Leprosy in India: report of the Leprosy Commission in India, 1890-91
Year: 1890
Disease focus: Leprosy
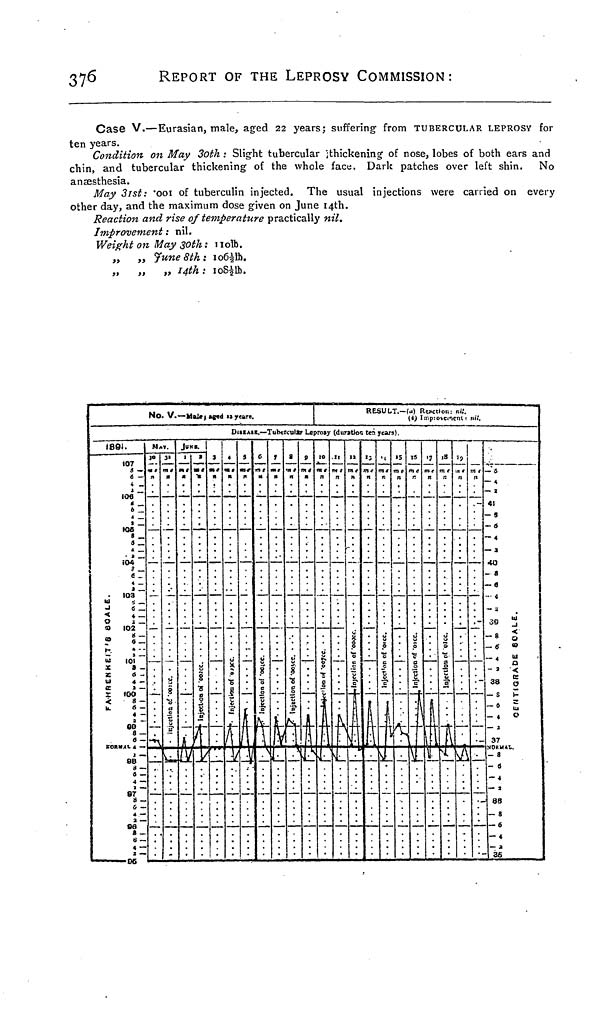
376
REPORT OF THE LEPROSY COMMISSION:
Case V.—Eurasian, male, aged 22 years; suffering from TUBERCULAR LEPROSY for
ten years.
Condition on May 3oth : Slight tubercular thickening of nose, lobes of both ears and
chin, and tubercular thickening of the whole face. Dark patches over left shin. No
anæsthesia.
May 31st: '001 of tuberculin injected. The usual injections were carried on every
other day, and the maximum dose given on June 14th.
Reaction and rise of temperature practically nil.
Improvement : nil.
Weight on May 30th : 110lb.
„ „ June 8th; 1061/2lb.
„ „ „ 14th: 1081/2lb.